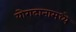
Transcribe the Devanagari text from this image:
योगदानामध्ये